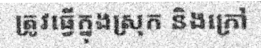
ត្រូវធ្វើក្នុងស្រុក និងក្រៅ